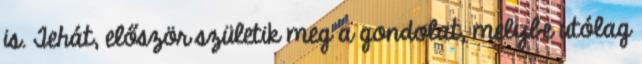
is. Tehát, először születik meg a gondolat, melybe utólag